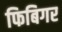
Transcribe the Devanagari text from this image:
फिबिगर